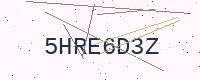
Text: 5HRE6D3Z